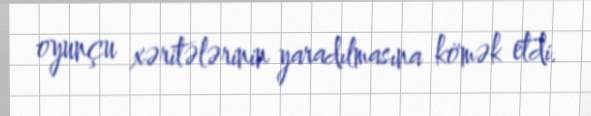
oyunçu xəritələrinin yaradılmasına kömək etdi.